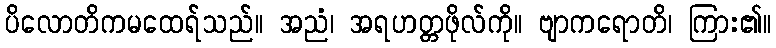
ပိလောတိကမထေရ်သည်။ အညံ၊ အရဟတ္တဖိုလ်ကို။ ဗျာကရောတိ၊ ကြား၏။